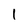
Character: 1